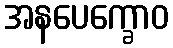
အနပေက္ခောဝ